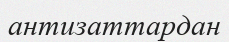
антизаттардан